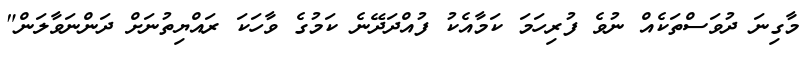
މާގިނަ ދުވަސްތަކެއް ނުވެ ފުރިހަމަ ކަމާއެކު ފުއްދަދޭނެ ކަމުގެ ވާހަކަ ރައްޔިތުނަށް ދަންނަވާލަން"